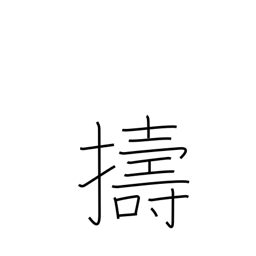
Meaning: pound